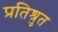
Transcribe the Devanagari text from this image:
प्रतिश्रुत